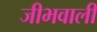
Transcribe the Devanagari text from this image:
जीभवाली